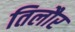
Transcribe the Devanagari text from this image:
तिलौर